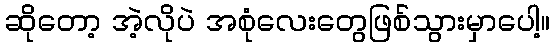
ဆိုတော့ အဲ့လိုပဲ အစုံလေးတွေဖြစ်သွားမှာပေါ့။